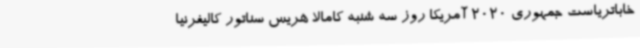
خاباتریاست جمهوری 2020 آمریکا روز سه شنبه کامالا هریس سناتور کالیفرنیا